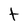
Character: t